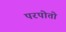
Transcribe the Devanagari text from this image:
परपोतो